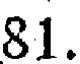
81.